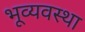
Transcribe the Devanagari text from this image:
भूव्यवस्था